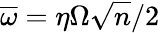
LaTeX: \overline{{\omega}}=\eta\Omega\sqrt{n}/2